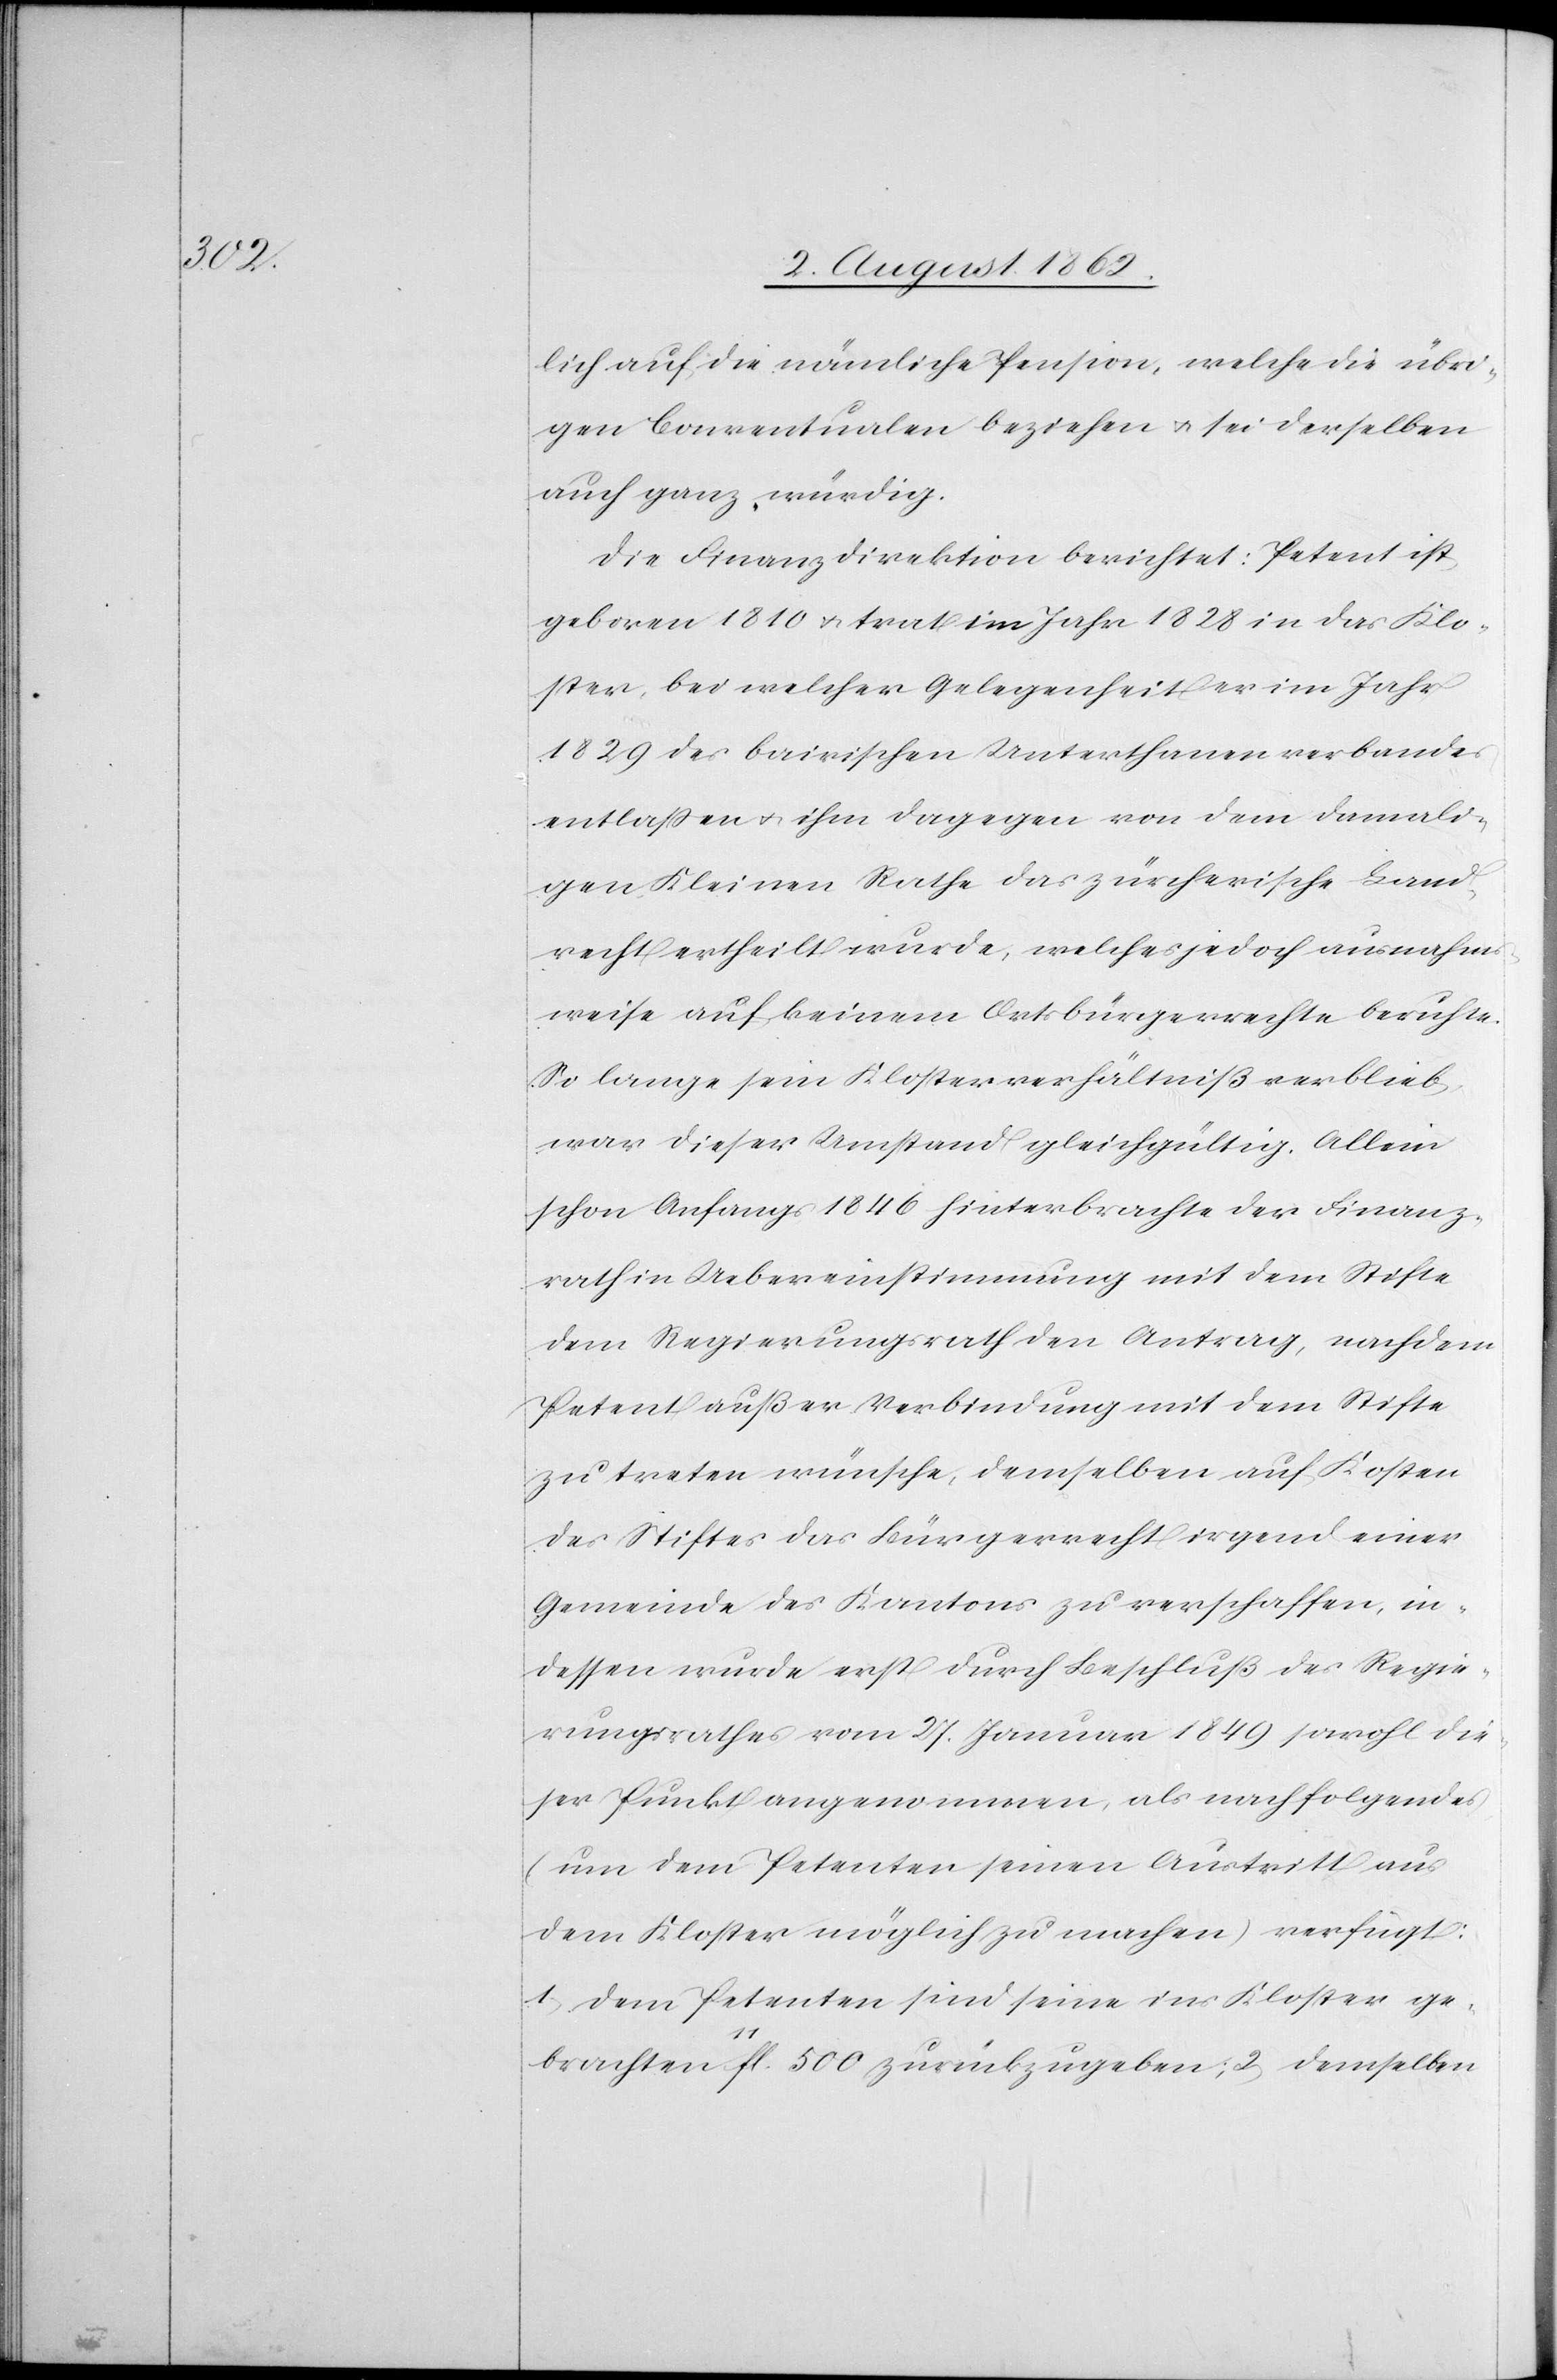
lich auf die nämliche Pension, welche die übri¬
gen Conventualen beziehen u. sei derselben
auch ganz würdig.
Die Finanzdirektion berichtet: Petent ist
geboren 1810 u. trat im Jahr 1828 in das Klo¬
ster, bei welcher Gelegenheit er im Jahr
1829 des bairischen Unterthanenverbandes
entlaßen u. ihm dagegen von dem damali¬
gen Kleinen Rathe das zürcherische Land¬
recht ertheilt wurde, welches jedoch ausnahms¬
weise auf keinem Ortsbürgerrechte beruhte.
So lange sein Klosterverhältniß verblieb,
war dieser Umstand gleichgültig. Allein
schon Anfangs 1846 hinterbrachte der Finanz¬
rath in Uebereinstimmung mit dem Stifte
dem Regierungsrathe den Antrag, nachdem
Petent außer Verbindung mit dem Stifte
zu treten wünsche, demselben auf Kosten
des Stiftes das Bürgerrecht irgend einer
Gemeinde des Kantons zu verschaffen, in¬
dessen wurde erst durch Beschluß des Regie¬
rungsrathes vom 27. Januar 1849 sowohl die¬
ser Punkt angenommen, als nachfolgendes
(um dem Petenten seinen Austritt aus
dem Kloster möglich zu machen) verfügt:
1. Dem Petenten sind seine ins Kloster ge¬
brachten 11fl. 500 zurückzugeben; 2. Demselben